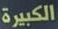
الكبيرة